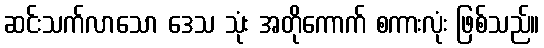
ဆင်းသက်လာသော ဒေသ သုံး အတိုကောက် စကားလုံး ဖြစ်သည်။